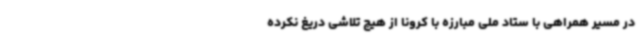
در مسیر همراهی با ستاد ملی مبارزه با کرونا از هیچ تلاشی دریغ نکرده